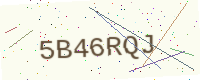
Text: 5B46RQJ